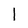
Character: I